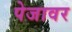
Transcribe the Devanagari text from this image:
पेजावर